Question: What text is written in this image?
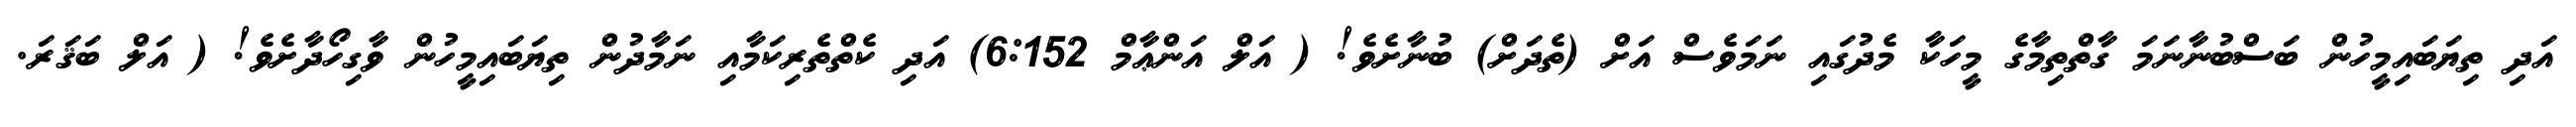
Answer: އަދި ތިޔަބައިމީހުން ބަސްބުނާނަމަ ގާތްތިމާގެ މީހަކާ މެދުގައި ނަމަވެސް އަށް (ތެދަށް) ބުނާށެވެ! ( އަލް އަންޢާމް 6:152) އަދި ކެތްތެރިކަމާއި ނަމާދުން ތިޔަބައިމީހުން ވާގިހޯދާށެވެ! ( އަލް ބަޤަރަ.